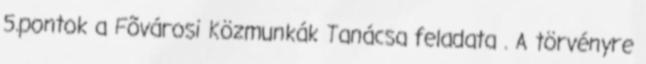
5.pontok a Fõvárosi Közmunkák Tanácsa feladata . A törvényre